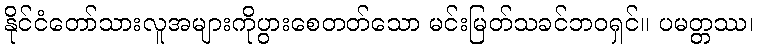
နိုင်ငံတော်သားလူအများကိုပွားစေတတ်သော မင်းမြတ်သခင်ဘဝရှင်။ ပမတ္တဿ၊